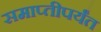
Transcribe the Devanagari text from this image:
समाप्‍तीपर्यंत